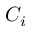
C _ { i }